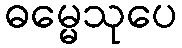
ဓမ္မေသုပေ